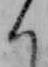
く